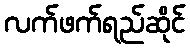
လက်ဖက်ရည်ဆိုင်